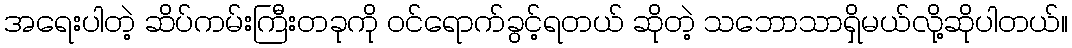
အရေးပါတဲ့ ဆိပ်ကမ်းကြီးတခုကို ဝင်ရောက်ခွင့်ရတယ် ဆိုတဲ့ သဘောသာရှိမယ်လို့ဆိုပါတယ်။